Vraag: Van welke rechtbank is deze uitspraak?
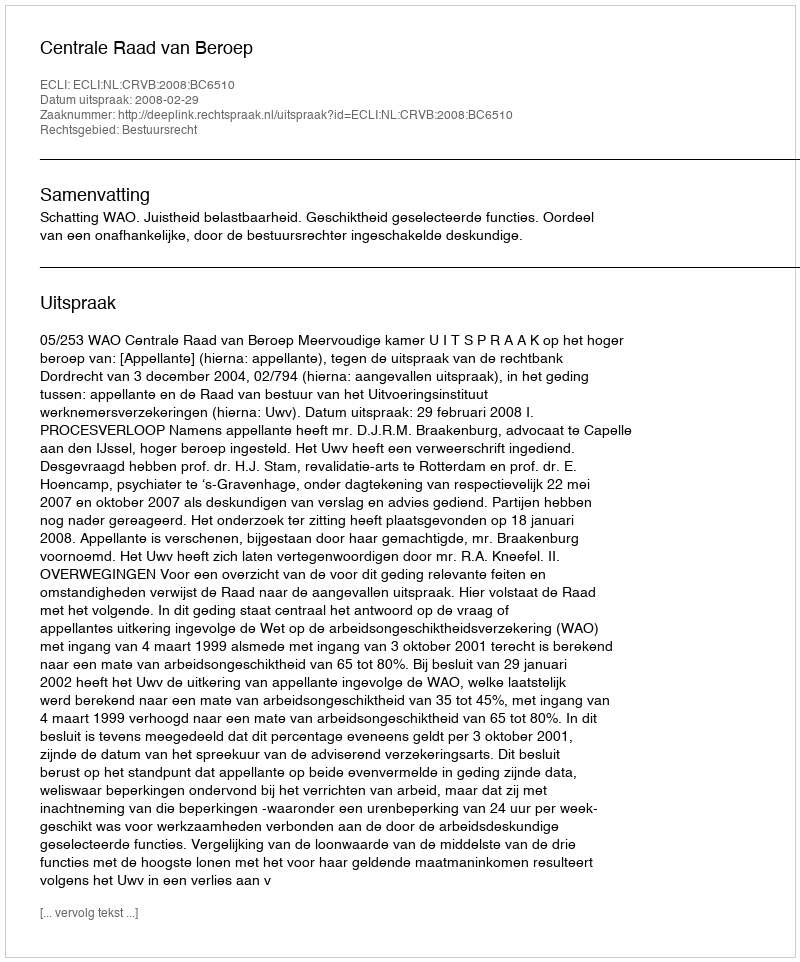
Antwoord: Centrale Raad van Beroep